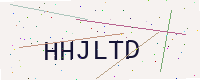
Text: HHJLTD